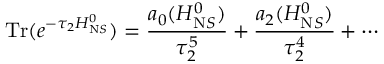
\mathrm { T r } ( e ^ { - \tau _ { 2 } H _ { \mathrm N S } ^ { 0 } } ) = \frac { a _ { 0 } ( H _ { \mathrm N S } ^ { 0 } ) } { \tau _ { 2 } ^ { 5 } } + \frac { a _ { 2 } ( H _ { \mathrm N S } ^ { 0 } ) } { \tau _ { 2 } ^ { 4 } } + \cdots